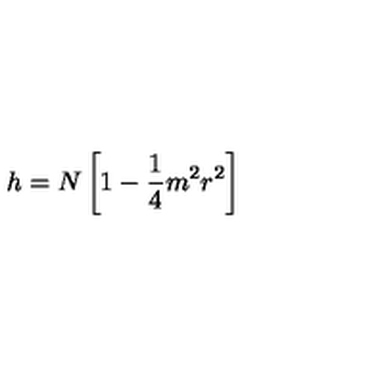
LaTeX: h = N \left[ 1 - \frac { 1 } { 4 } m ^ { 2 } r ^ { 2 } \right]